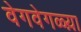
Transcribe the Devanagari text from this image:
वेगवेगळ्य़ा